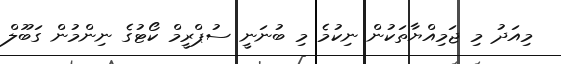
މިއަދު މި ޖަމިއްޔާތަކުން ނިކުމެ މި ބުނަނީ ސުޕްރީމް ކޯޓުގެ ނިންމުން ގަބޫލް